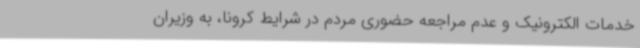
خدمات الکترونیک و عدم مراجعه حضوری مردم در شرایط کرونا، به وزیران